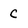
Character: C